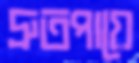
দ্রুতপায়ে